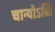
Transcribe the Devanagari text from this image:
चान्योऽस्ति